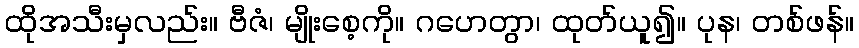
ထိုအသီးမှလည်း။ ဗီဇံ၊ မျိုးစေ့ကို။ ဂဟေတွာ၊ ထုတ်ယူ၍။ ပုန၊ တစ်ဖန်။